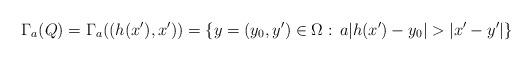
LaTeX: \begin{align*}\Gamma_{a}(Q)=\Gamma_{a}((h(x'),x'))=\{y=(y_0,y')\in\Omega:\,a|h(x')-y_0|>|x'-y'|\}\end{align*}